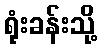
ရုံးခန်းသို့